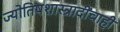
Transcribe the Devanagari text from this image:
ज्योतिषशास्त्रादींचाही